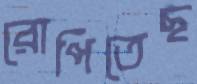
রোপিতেছ